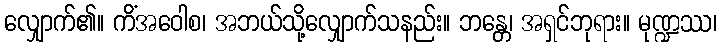
လျှောက်၏။ ကိံအဝေါစ၊ အဘယ်သို့လျှောက်သနည်း။ ဘန္တေ၊ အရှင်ဘုရား။ မုဏ္ဍဿ၊